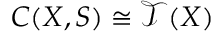
C ( X , S ) \cong { \mathcal { T } } ( X )